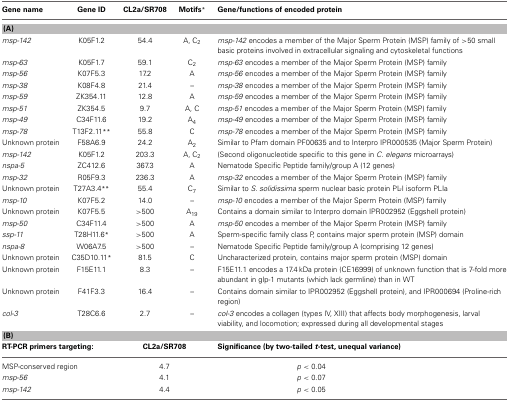
<table><thead><tr><td><b>Gene name</b></td><td><b>Gene ID</b></td><td><b>CL2a/SR708</b></td><td><b>Motifs<sup>*</sup></b></td><td><b>Gene/functions of encoded protein</b></td></tr></thead><tbody><tr><td colspan="5"><b>(A)</b></td></tr><tr><td><i>msp-142</i></td><td>K05F1.2</td><td>54.4</td><td>A, C<sub>2</sub></td><td><i>msp-142</i> encodes a member of the Major Sperm Protein (MSP) family of &gt;50 small basic proteins involved in extracellular signaling and cytoskeletal functions</td></tr><tr><td><i>msp-63</i></td><td>K05F1.7</td><td>59.1</td><td>C<sub>2</sub></td><td><i>msp-63</i> encodes a member of the Major Sperm Protein (MSP) family</td></tr><tr><td><i>msp-56</i></td><td>K07F5.3</td><td>17.2</td><td>A</td><td><i>msp-56</i> encodes a member of the Major Sperm Protein (MSP) family</td></tr><tr><td><i>msp-38</i></td><td>K08F4.8</td><td>21.4</td><td>–</td><td><i>msp-38</i> encodes a member of the Major Sperm Protein (MSP) family</td></tr><tr><td><i>msp-59</i></td><td>ZK354.11</td><td>12.8</td><td>A</td><td><i>msp-59</i> encodes a member of the Major Sperm Protein (MSP) family</td></tr><tr><td><i>msp-51</i></td><td>ZK354.5</td><td>9.7</td><td>A, C</td><td><i>msp-51</i> encodes a member of the Major Sperm Protein (MSP) family</td></tr><tr><td><i>msp-49</i></td><td>C34F11.6</td><td>19.2</td><td>A<sub>4</sub></td><td><i>msp-49</i> encodes a member of the Major Sperm Protein (MSP) family</td></tr><tr><td><i>msp-78</i></td><td>T13F2.11<sup>**</sup></td><td>55.8</td><td>C</td><td><i>msp-78</i> encodes a member of the Major Sperm Protein (MSP) family</td></tr><tr><td>Unknown protein</td><td>F58A6.9</td><td>24.2</td><td>A<sub>2</sub></td><td>Similar to Pfam domain PF00635 and to Interpro IPR000535 (Major Sperm Protein)</td></tr><tr><td><i>msp-142</i></td><td>K05F1.2</td><td>203.3</td><td>A, C<sub>2</sub></td><td>(Second oligonucleotide specific to this gene in <i>C. elegans</i> microarrays)</td></tr><tr><td><i>nspa-5</i></td><td>ZC412.6</td><td>367.3</td><td>A</td><td>Nematode Specific Peptide family/group A (12 genes)</td></tr><tr><td><i>msp-32</i></td><td>R05F9.3</td><td>236.3</td><td>A</td><td><i>msp-32</i> encodes a member of the Major Sperm Protein (MSP) family</td></tr><tr><td>Unknown protein</td><td>T27A3.4<sup>**</sup></td><td>55.4</td><td>C<sub>7</sub></td><td>Similar to <i>S. solidissima</i> sperm nuclear basic protein PL-I isoform PLIa</td></tr><tr><td><i>msp-10</i></td><td>K07F5.2</td><td>14.0</td><td>–</td><td><i>msp-10</i> encodes a member of the Major Sperm Protein (MSP) family</td></tr><tr><td>Unknown protein</td><td>K07F5.5</td><td>&gt;500</td><td>A<sub>19</sub></td><td>Contains a domain similar to Interpro domain IPR002952 (Eggshell protein)</td></tr><tr><td><i>msp-50</i></td><td>C34F11.4</td><td>&gt;500</td><td>A</td><td><i>msp-50</i> encodes a member of the Major Sperm Protein (MSP) family</td></tr><tr><td><i>ssp-11</i></td><td>T28H11.6<sup>*</sup></td><td>&gt;500</td><td>A</td><td>Sperm-specific family class P, contains major sperm protein (MSP) domain</td></tr><tr><td><i>nspa-8</i></td><td>W06A7.5</td><td>&gt;500</td><td>–</td><td>Nematode Specific Peptide family/group A (comprising 12 genes)</td></tr><tr><td>Unknown protein</td><td>C35D10.11<sup>*</sup></td><td>81.5</td><td>C</td><td>Uncharacterized protein, contains major sperm protein (MSP) domain</td></tr><tr><td>Unknown protein</td><td>F15E11.1</td><td>8.3</td><td>–</td><td>F15E11.1 encodes a 17.4 kDa protein (CE16999) of unknown function that is 7-fold more abundant in glp-1 mutants (which lack germline) than in WT</td></tr><tr><td>Unknown protein</td><td>F41F3.3</td><td>16.4</td><td>–</td><td>Contains domain similar to IPR002952 (Eggshell protein), and IPR000694 (Proline-rich region)</td></tr><tr><td><i>col-3</i></td><td>T28C6.6</td><td>2.7</td><td>–</td><td><i>col-3</i> encodes a collagen (types IV, XIII) that affects body morphogenesis, larval viability, and locomotion; expressed during all developmental stages</td></tr><tr><td colspan="5"><b>(B)</b></td></tr><tr><td colspan="2"><b>RT-PCR primers targeting:</b></td><td colspan="2"><b>CL2a/SR708</b></td><td><b>Significance (by two-tailed <i>t</i>-test, unequal variance)</b></td></tr><tr><td colspan="2">MSP-conserved region</td><td colspan="2">4.7</td><td><i>p</i> &lt; 0.04</td></tr><tr><td colspan="2"><i>msp-56</i></td><td colspan="2">4.1</td><td><i>p</i> &lt; 0.07</td></tr><tr><td colspan="2"><i>msp-142</i></td><td colspan="2">4.4</td><td><i>p</i> &lt; 0.05</td></tr></tbody></table>